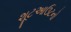
શૂટઆઉટનો